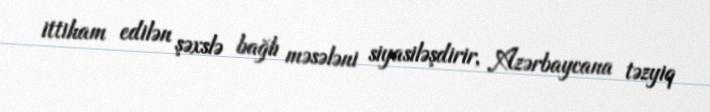
ittiham edilən şəxslə bağlı məsələni siyasiləşdirir, Azərbaycana təzyiq